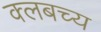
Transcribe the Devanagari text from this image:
क्लबच्य